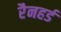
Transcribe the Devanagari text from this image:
रैनहर्ड